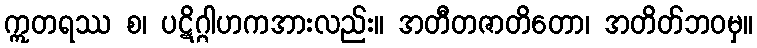
ဣတရဿ စ၊ ပဋိဂ္ဂါဟကအားလည်း။ အတီတဇာတိတော၊ အတိတ်ဘဝမှ။